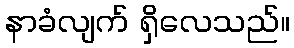
နာခံလျက် ရှိလေသည်။